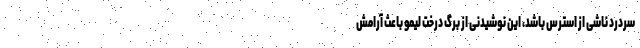
سردرد ناشی از استرس باشد، این نوشیدنی از برگ درخت لیمو باعث آرامش